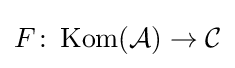
F\colon \operatorname {Kom} ({\mathcal {A}})\to {\mathcal {C}}